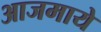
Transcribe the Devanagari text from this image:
आजमाये